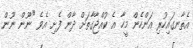
އެތާނގައިހުރި އަންހެން މީހާ އެ ކުއްޖާގާތަށް ދާން ފެށި އެވެ "ނޫން ނޫން